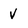
Character: v